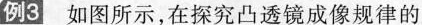
例3 如图所示，在探究凸透镜成像规律的